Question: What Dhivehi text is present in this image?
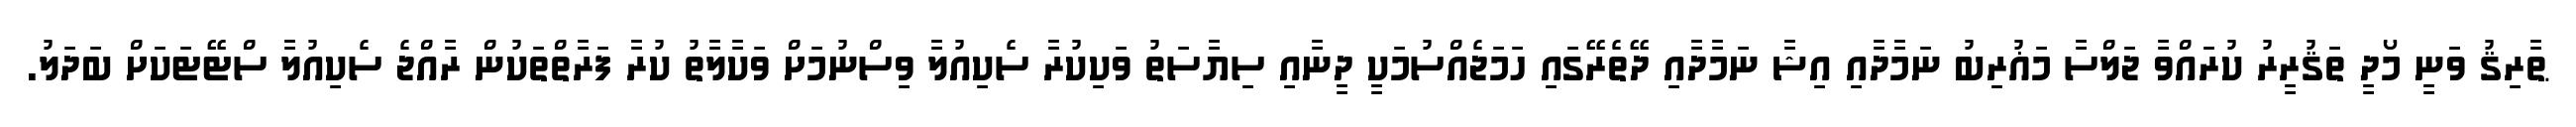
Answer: ޠާރިޤު ވަނީ މޯދީ ތަޤުރީރު ކުރައްވާ ޖަލްސާ މަޣުރިބު ނަމާދާއި އިޝާ ނަމާދާއި ދޭތެރޭގައި ހަމަޖެއްސުމަކީ ދީނާއި ސިޔާސަތު ވަކިކުރާ ސެކިއުލާ ވިސްނުމަށް ވަކާލާތު ކުރާ ފަރާތްތަކުން ރާއްޖެ ސެކިއުލާ ސްޓޭޓަކަށް ބަދަލު.